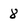
Character: 8